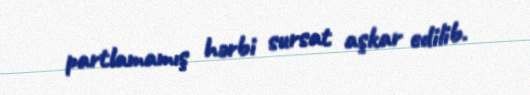
partlamamış hərbi sursat aşkar edilib.